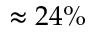
\approx 2 4 \%